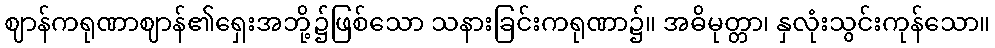
ဈာန်ကရုဏာဈာန်၏ရှေးအဘို့၌ဖြစ်သော သနားခြင်းကရုဏာ၌။ အဓိမုတ္တာ၊ နှလုံးသွင်းကုန်သော။